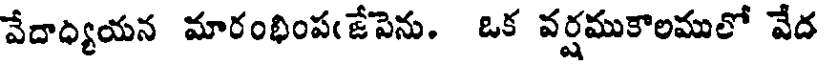
వేదాధ్యయన మారంభింప(జేపెను. ఒక వర్షముకాలములో వేద